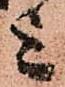
上